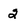
Character: 2